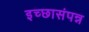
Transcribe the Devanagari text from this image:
इच्छासंपन्न